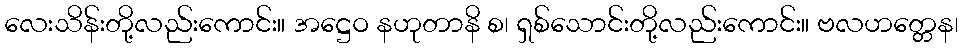
လေးသိန်းတို့လည်းကောင်း။ အဋ္ဌေဝ နဟုတာနိ စ၊ ရှစ်သောင်းတို့လည်းကောင်း။ ဗလဟတ္တေန၊